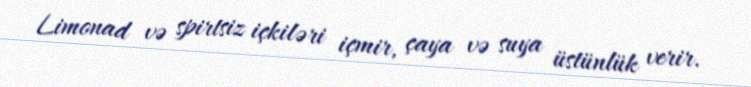
Limonad və spirtsiz içkiləri içmir, çaya və suya üstünlük verir.